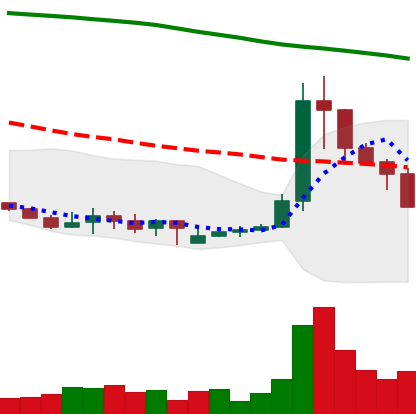
Ticker: XLM-USD
Chart end date: 2019-09-23
Forward return: -6.216%
Label: down_5_7